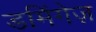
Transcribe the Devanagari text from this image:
डमिंगेज़